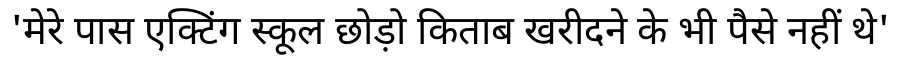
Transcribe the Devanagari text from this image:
'मेरे पास एक्टिंग स्कूल छोड़ो किताब खरीदने के भी पैसे नहीं थे'